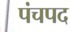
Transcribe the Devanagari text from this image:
पंचपद